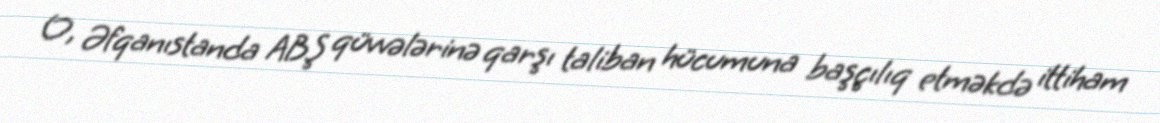
O, Əfqanıstanda ABŞ qüvvələrinə qarşı taliban hücumuna başçılıq etməkdə ittiham